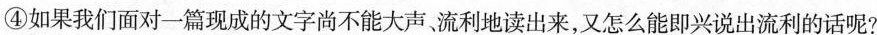
④如果我们面对一篇现成的文字尚不能大声，流利地读出来，又怎么能即兴说出流利的话呢?